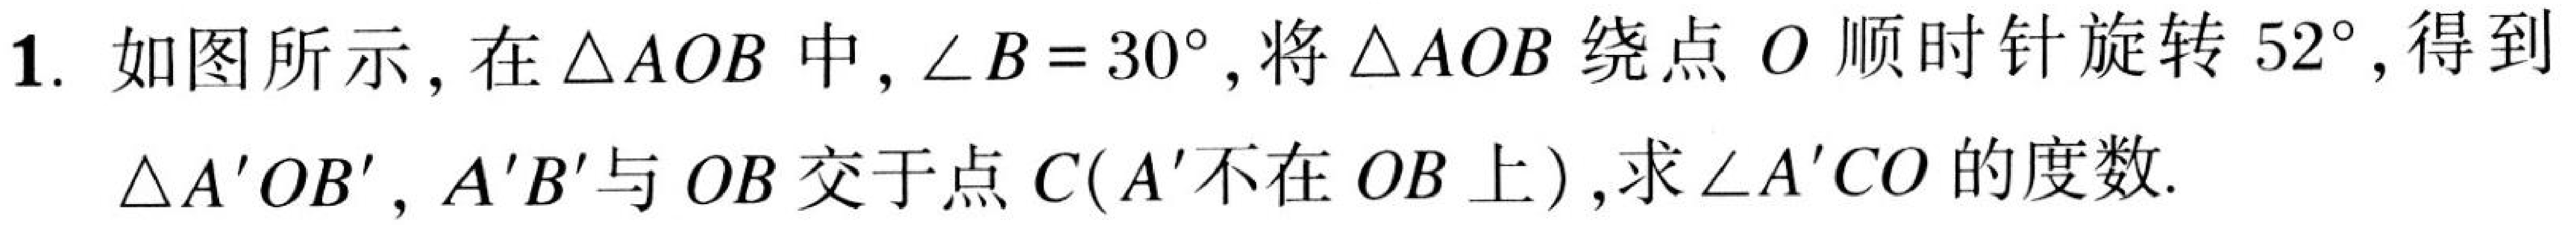
1. 如图所示，在\(\triangle AOB\)中，\(\angle B = 30^{\circ}\)，将\(\triangle AOB\)绕点\(O\)顺时针旋转\(52^{\circ}\)，得到\(\triangle A'OB'\)，\(A'B'\)与\(OB\)交于点\(C(A'\)不在\(OB\)上\()\)，求\(\angle A'CO\)的度数.